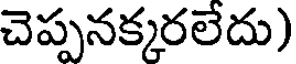
చెప్పనక్కరలేదు)